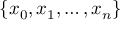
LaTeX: \{ x _ { 0 } , x _ { 1 } , \ldots , x _ { n } \}